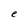
Character: e